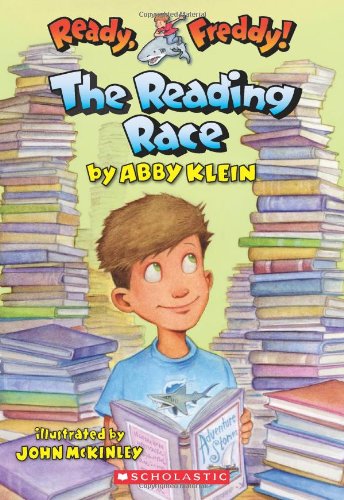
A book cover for Ready, Freddy! #27: The Reading Race; Abby Klein; Children's Books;